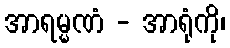
အာရမ္မဏံ - အာရုံကို၊